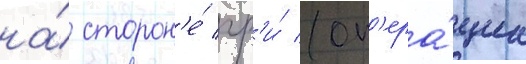
на́ сторон'е́ чр'и́ (оп'ера́циа